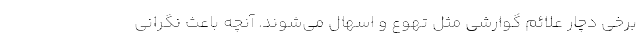
برخی دچار علائم گوارشی مثل تهوع و اسهال می‌شوند. آنچه باعث نگرانی